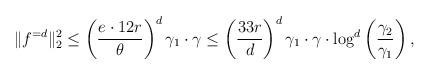
LaTeX: \begin{align*}\|f^{=d}\|_2^2 \le \left(\frac{e \cdot 12 r}{\theta} \right)^{d}\gamma_1\cdot \gamma \leq \left(\frac{33r}{d}\right)^d \gamma_1 \cdot \gamma \cdot \log^{d}\left(\frac{\gamma_2}{\gamma_1}\right), \end{align*}